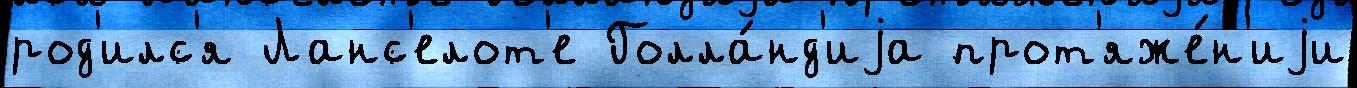
род'илс'я Ланс'елот'е Голла́нд'иjа прот'яже́н'иjи